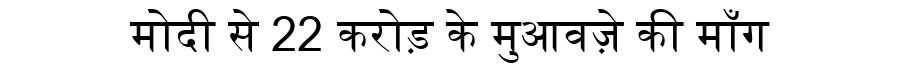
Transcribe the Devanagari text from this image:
मोदी से 22 करोड़ के मुआवज़े की माँग